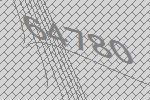
64780